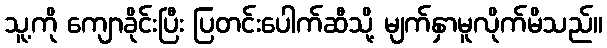
သူ့ကို ကျောခိုင်းပြီး ပြတင်းပေါက်ဆီသို့ မျက်နှာမူလိုက်မိသည်။